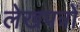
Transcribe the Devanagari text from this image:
लेखपत्रों